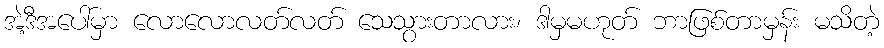
အဲ့ဒီအပေါ်မှာ လောလောလတ်လတ် သေသွားတာလား၊ ဒါမှမဟုတ် ဘာဖြစ်တာမှန်း မသိတဲ့